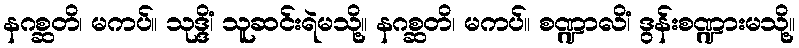
နဂစ္ဆတိ၊ မကပ်။ သုဒ္ဒိံ၊ သူဆင်းရဲမသို့။ နဂစ္ဆတိ၊ မကပ်။ စဏ္ဍာလိံ၊ ဒွန်းစဏ္ဍားမသို့။